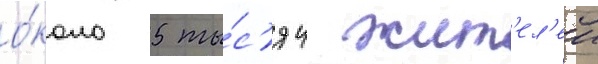
о́коло 5 ты́с'яч жит'ел'еи